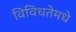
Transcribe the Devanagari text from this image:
विविधतेमधे